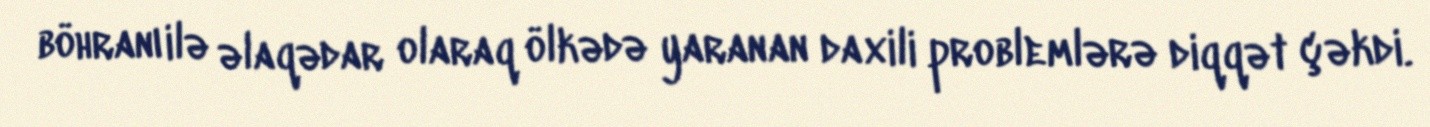
böhranı ilə əlaqədar olaraq ölkədə yaranan daxili problemlərə diqqət çəkdi.